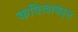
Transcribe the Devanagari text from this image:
कवित्वाबद्दल